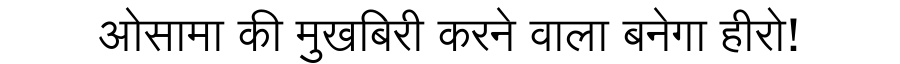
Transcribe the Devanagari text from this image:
ओसामा की मुखबिरी करने वाला बनेगा हीरो!